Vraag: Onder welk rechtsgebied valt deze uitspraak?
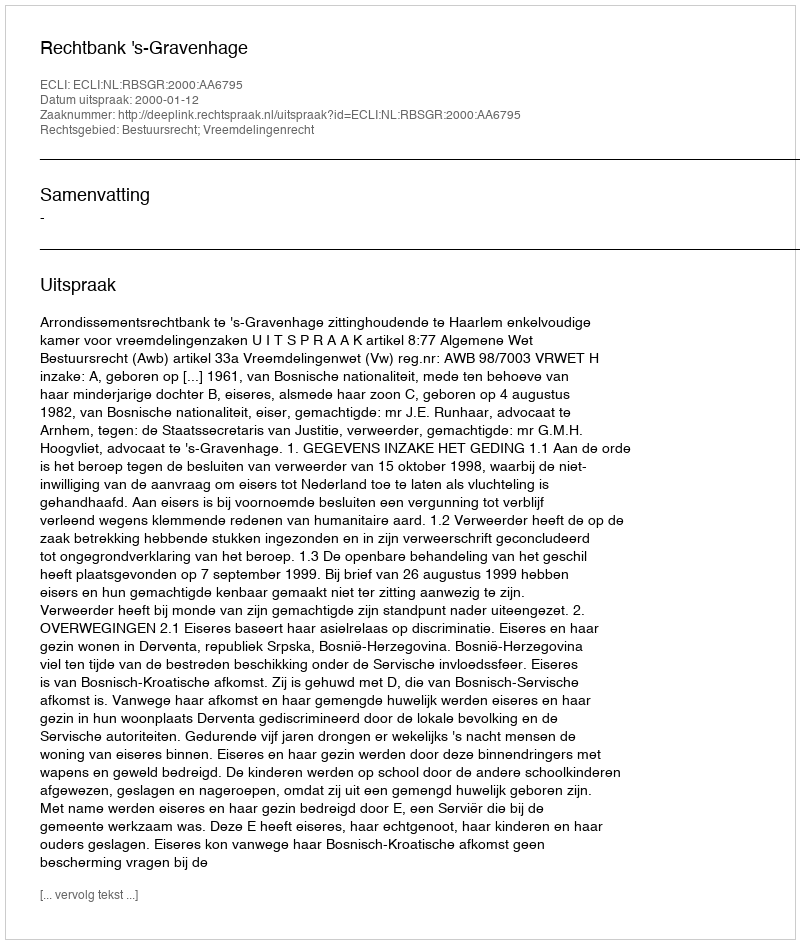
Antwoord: Bestuursrecht; Vreemdelingenrecht